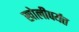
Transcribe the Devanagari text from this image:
खोलीपर्यत